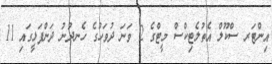
އިންޓަރ ސްކޫލް އެތުލެޓިކްސް މީޓްގެ 2 ވަނަ ދުވަހުގެ ހެނދުނު ދަންފަޅީގައި 11